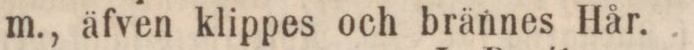
m., äfven klippes och brännes Hår.